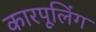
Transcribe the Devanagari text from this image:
कारपूलिंग